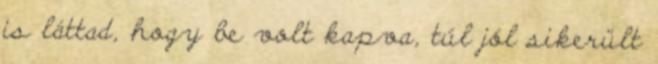
is láttad, hogy be volt kapva, túl jól sikerült